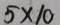
5 \times 1 0